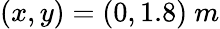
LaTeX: (x,y)=(0,1.8)\ m